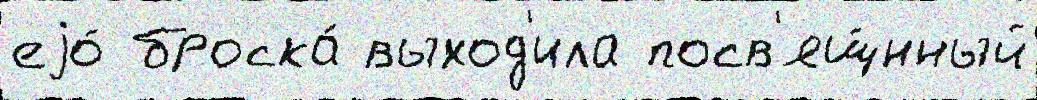
еjо́ броска́ выход'ила посв'ящ́нный